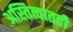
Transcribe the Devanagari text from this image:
अस्तित्वातही